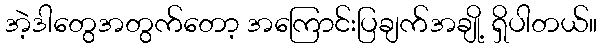
အဲ့ဒါတွေအတွက်တော့ အကြောင်းပြချက်အချို့ ရှိပါတယ်။